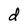
Character: d